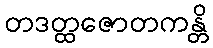
တဒတ္ထဇောတကန္တိ